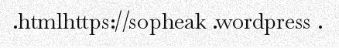
.htmlhttps://sopheak .wordpress .